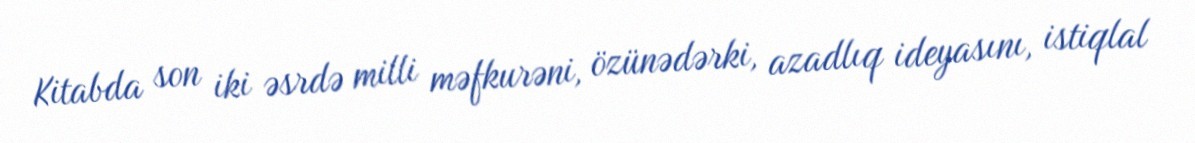
Kitabda son iki əsrdə milli məfkurəni, özünədərki, azadlıq ideyasını, istiqlal